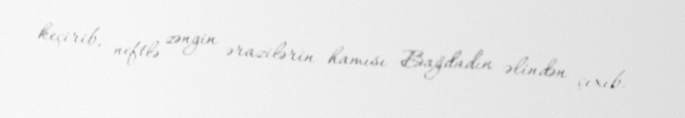
keçirib, neftlə zəngin ərazilərin hamısı Bağdadın əlindən çıxıb.